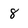
Character: 8